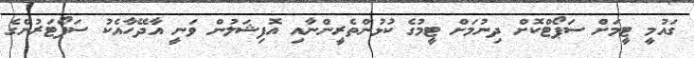
ގައުމީ ޓީމަށް ސަޕޯޓްކޮށް ދިނުމަށް ޓީމުގެ ކުޅުންތެރީންނާއި އޮފިޝަލުން ވަނީ އާދޭހާއެކު ސަޕޯޓަރުންގެ